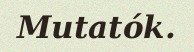
Mutatók.